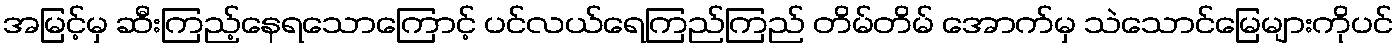
အမြင့်မှ ဆီးကြည့်နေရသောကြောင့် ပင်လယ်ရေကြည်ကြည် တိမ်တိမ် အောက်မှ သဲသောင်မြေများကိုပင်